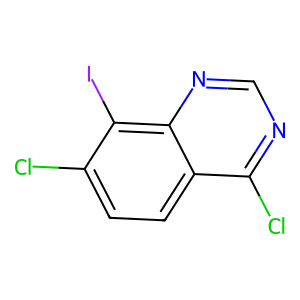
SMILES: Clc1ccc2c(Cl)ncnc2c1I
Inhibits HIV replication: No